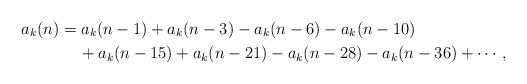
LaTeX: \begin{align*}a_k(n)&=a_k(n-1)+a_k(n-3)-a_k(n-6)-a_k(n-10)\\&\quad\, +a_k(n-15)+a_k(n-21)-a_k(n-28)-a_k(n-36)+\cdots,\end{align*}